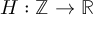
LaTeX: H : \mathbb { Z } \to \mathbb { R }